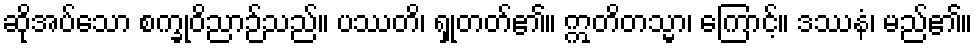
ဆိုအပ်သော စက္ခုဝိညာဉ်သည်။ ပဿတိ၊ ရှုတတ်၏။ ဣတိတသ္မာ၊ ကြောင့်။ ဒဿနံ၊ မည်၏။